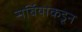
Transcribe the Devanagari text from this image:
सर्बियाकडून